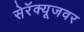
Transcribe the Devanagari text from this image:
सेरॅक्यूजवर